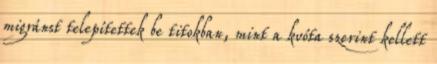
migránst telepítettek be titokban, mint a kvóta szerint kellett